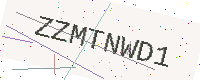
Text: ZZMTNWD1